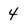
Character: 4